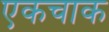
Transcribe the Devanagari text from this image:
एकचाक